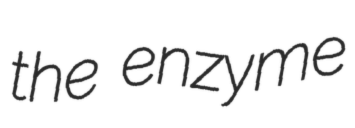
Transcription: the enzyme